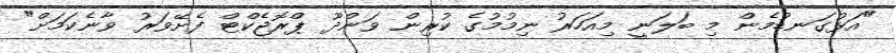
"އަޅުގަނޑުމެން މި ބަލަނީ މިއަހަރު ނިމުމުގެ ކުރިން ވަންދޫ ޕްރޮޖެކްޓް ފެށޭވަރު ވާނެކަމަށް"